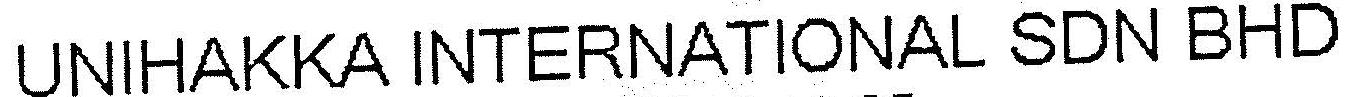
UNIHAKKA INTERNATIONAL SDN BHD